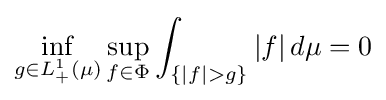
\inf _{g\in L_{+}^{1}(\mu )}\sup _{f\in \Phi }\int _{\{|f|>g\}}|f|\,d\mu =0